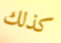
كذلك